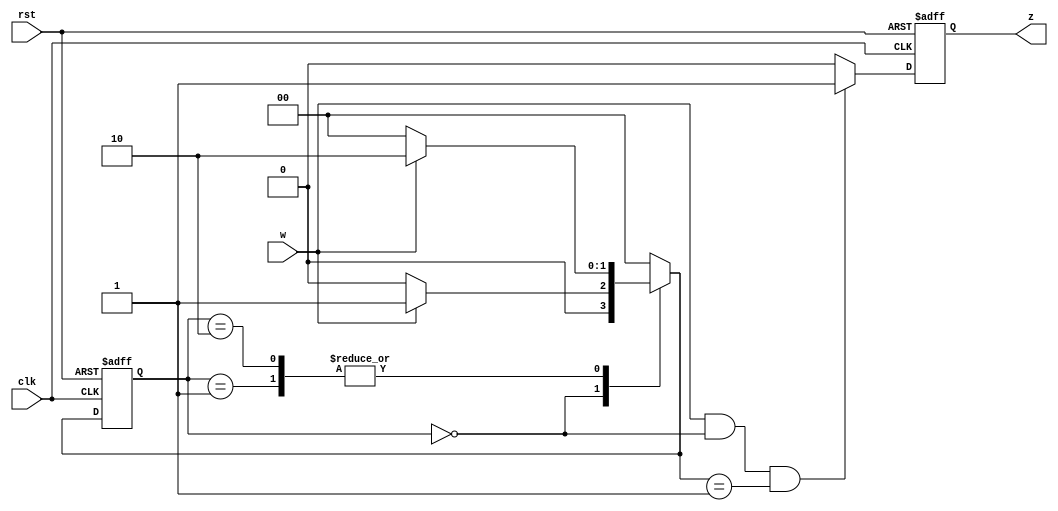
`timescale 1ns / 1ps
//////////////////////////////////////////////////////////////////////////////////
// Company: 
// Engineer: 
// 
// Design Name: 
// Module Name: rising_edge_detector
// Project Name: 
// Target Devices: 
// Tool Versions: 
// Description: 
// 
// Dependencies: 
// 
// Revision:
// Revision 0.01 - File Created
// Additional Comments:
// 
//////////////////////////////////////////////////////////////////////////////////


module rising_edge_detector(
input clk, 
input rst, 
input w, 
output reg z
);

reg [1:0] state, nextState;
parameter [1:0] A=2'b00, B=2'b01, C=2'b10; // States Encoding

always @ (w or state) begin

case (state)
A: if (w==0) nextState = A;
   else nextState = B;
B: if (w==0) nextState = A;
   else nextState = C;
C: if (w==0) nextState = A;
   else nextState = C;
default: nextState = A;
endcase
end
// State register with clock edge trigger
always @ (posedge clk or posedge rst) begin
    if (rst) begin
        state <= A;
        z <= 1'b0; // reset output to 0 on reset
    end
    else begin
        state <= nextState;
        if (w == 1 && state == A && nextState == B) begin
            z <= 1'b1; // set output to 1 on rising edge
        end
        else begin
            z <= 1'b0; // set output to 0 otherwise
        end
    end
end
endmodule